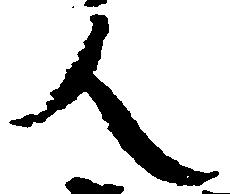
人